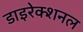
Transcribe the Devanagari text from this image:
डाइरेक्शनल